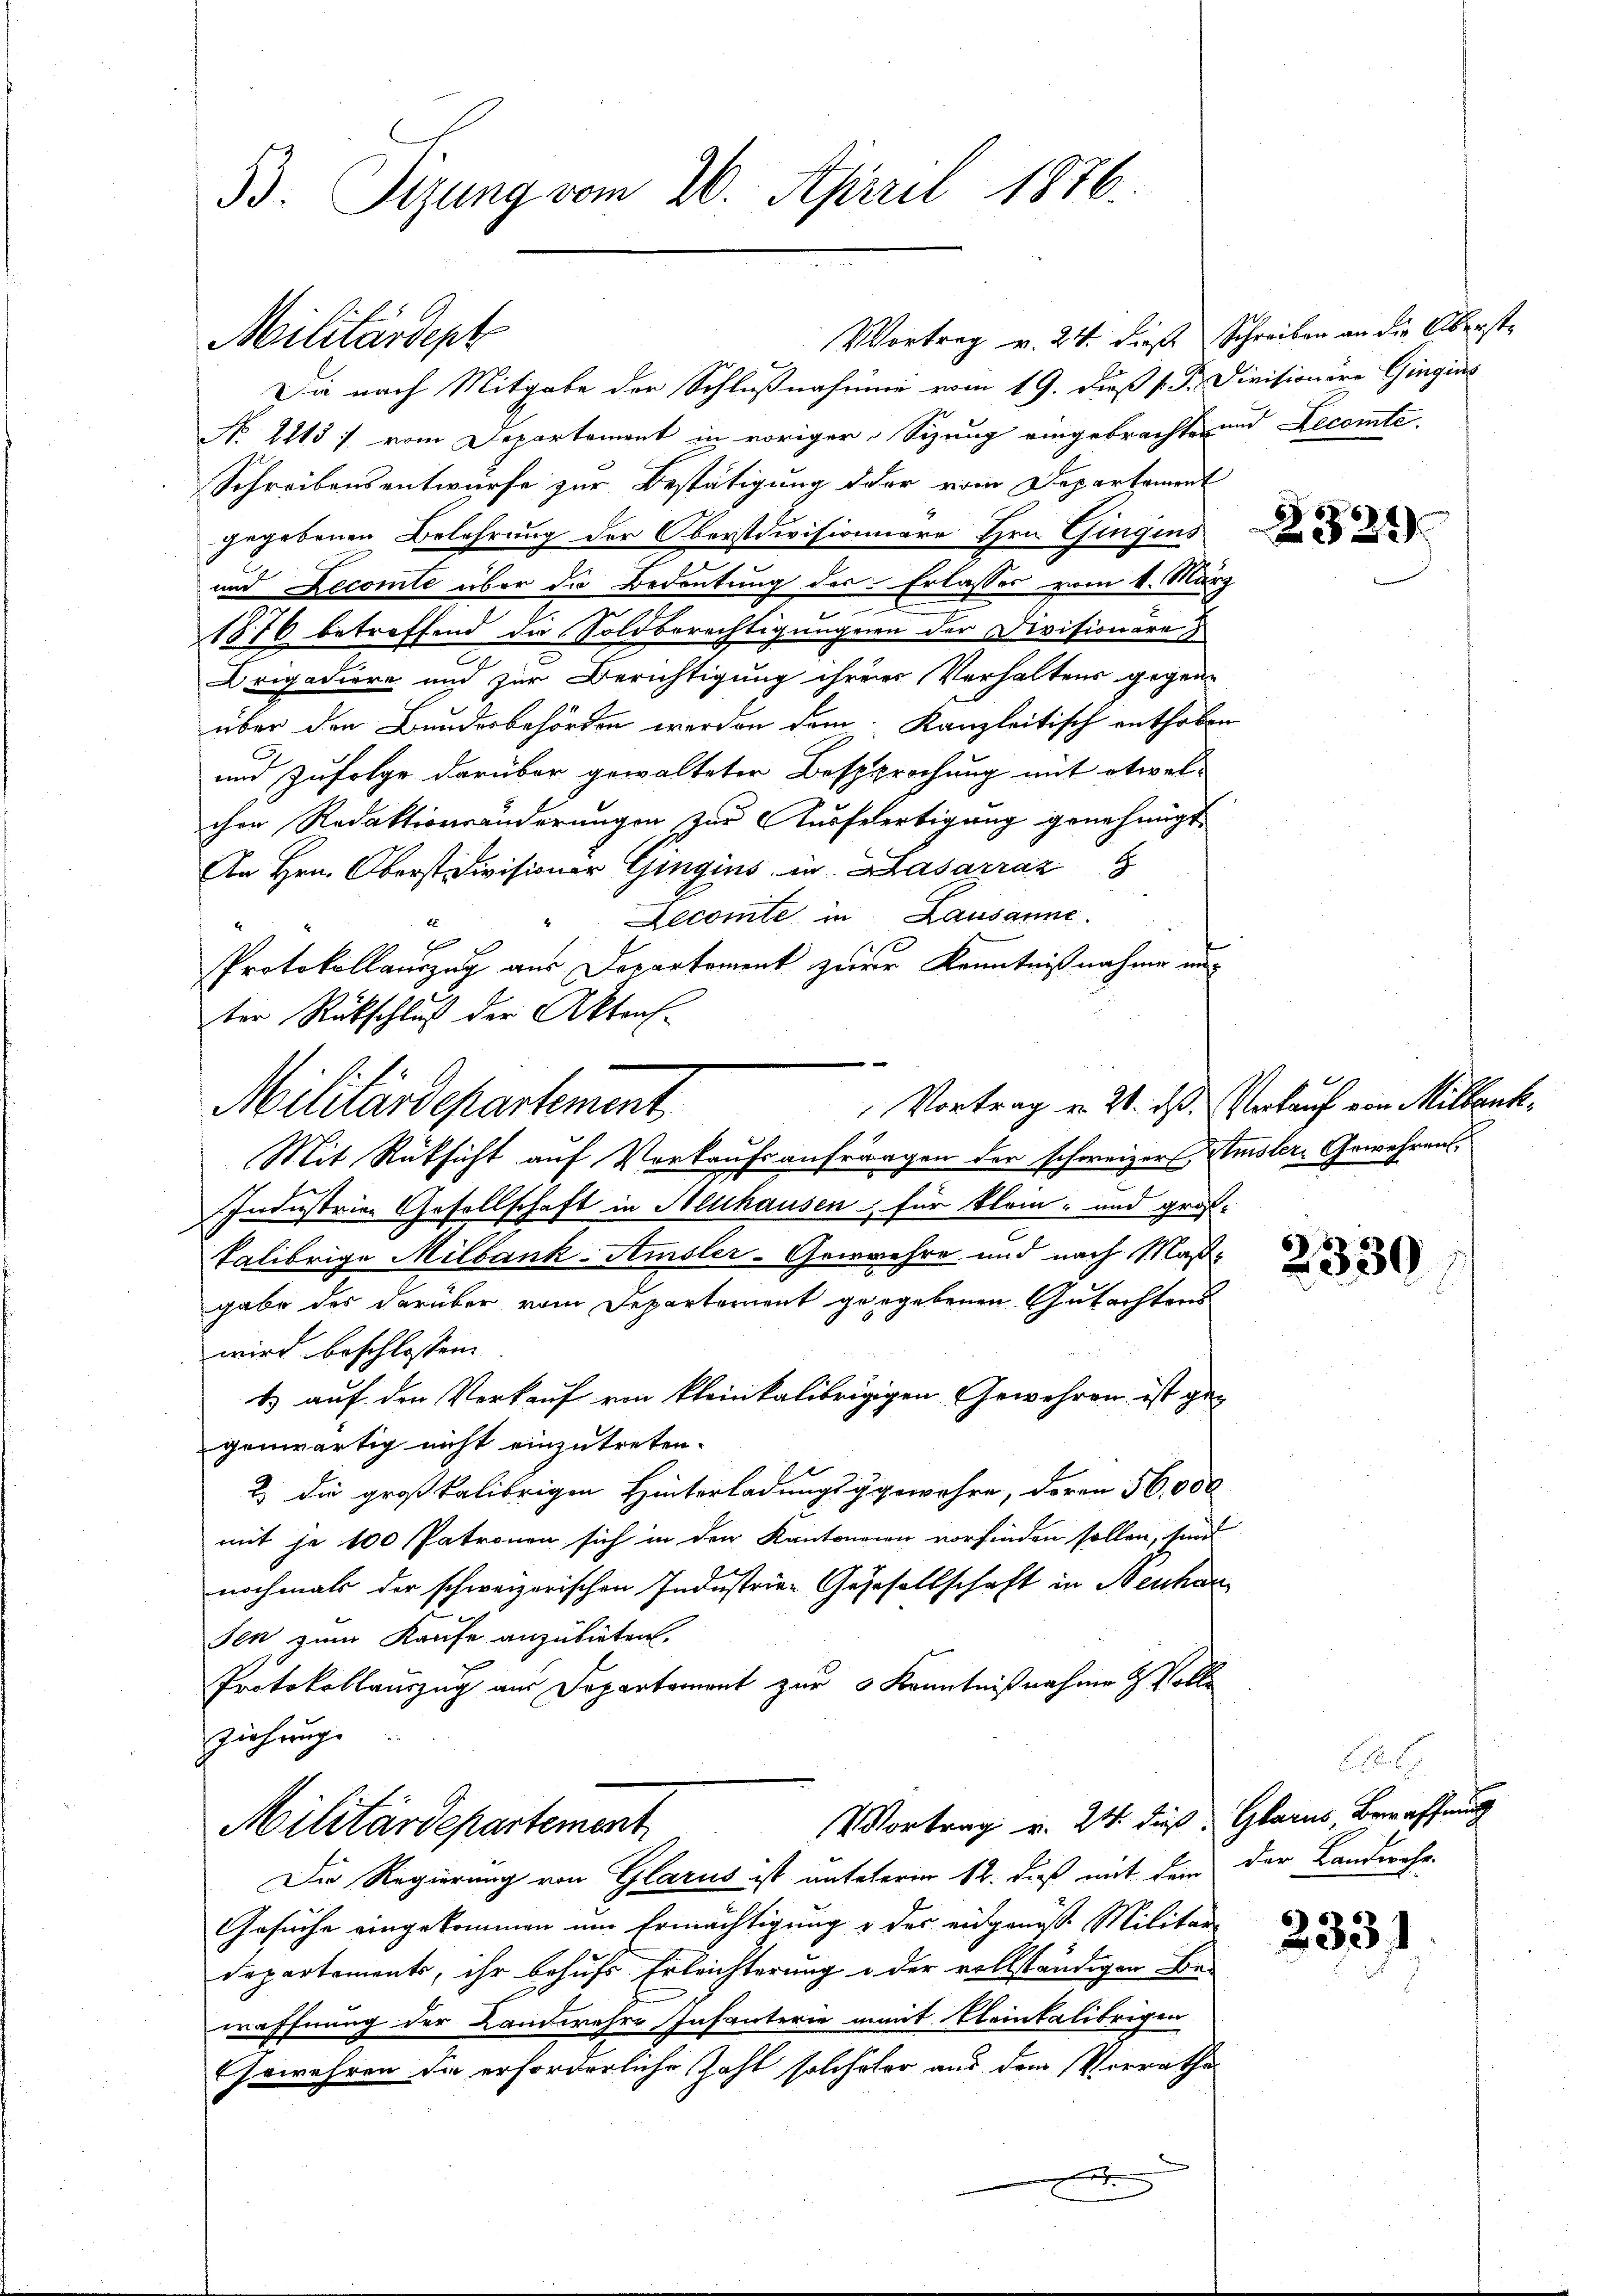
B. Sizung vom 26. April 1876.

Vortrag v. 24. diese Schreiben an die Überste
Die nach Mitgabe der Schlußnahme vom 19. dieß s. B. Divisionsre Gingins
No. 2113 f. vom Departement in voriger Sizung eingebrachte und Lecomte.
Schreibensentwurfe zur Bestätigung der vom Departement
gegebenen Belehrung der Oberstdivisionare Hrn. Gingins
und Decomte über die Bedeutung der Erlasses vom 4. März
1876 betreffend die Soldberechtigungenen der Divisionäre
Drigadiere und zur Berichtigung ihrerer Verhaltens gegen-
über den Bundesbehörden werden dem Kanzleitisch enthoben
und Zufolge darüber gewalteter Besprochung mit etwelchen Redaktionsänderungen zur Ausfertigung genehmigt
An Hrn. Oberst divisioner Gingins in Hasarraz
Decomte, in Lausanne.
2
Protokollauszug aus Departement zerr Kenntnißnahme unter Rückschluß der Aktens-
Mit Rüksicht auf Vorkaufsanfrägen der schweizers Amsler Gewehrens¬
Industrier Gesellschaft in Allhausen für klein- und großkalibrige Milbank-Amsler-Gewehre und nach Maßgabe des darüber vom Departement gegebenen Gutachtens
wird beschlossen.
1 auf den Verkauf von kleinkalibrigigen Gewehren ist gegenwärtig nicht einzutreten.
2.) Die großkalibrigen Hinterladungsggewahre, deren 56,000
mit je 100 Patronen sich in der Kantoneien vorfinden sollen, sind
nochmals der schweizerischen Industrien Gegesellschaft in Neuhau
sen zum Kaufe anzubieten.
Protokollauszug aus Departement zur 3 Kenntnißnahme & Volle
ziehung.
Vortrag v. 24. dieß
Militärdepartement
Die Regierung von Glarus ist unteleren 12. dieß mit dem der Landwehr-
Gesuche eingekommen um Ermächtigung u des eidgenöss. Militar-
Departements, ihr behufs Erleichterung in der vollständigen Be-
waffnung der Landwehre Infanterie imit Kleintalibrigen
Erwehren die erforderliche Zahl solcheter aus dem Vorrathes
A

Militärdept

Militärdepartement

2321.

Vortrag v. 21. ds. Verkauf von Millenk¬

2330

Ao. 1.
Glarus Bewaffnung

2331